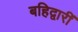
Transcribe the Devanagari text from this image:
बहिद्वारीं